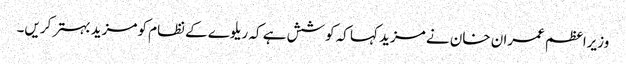
وزیراعظم عمران خان نے مزید کہا کہ کوشش ہے کہ ریلوے کے نظام کو مزید بہتر کریں۔